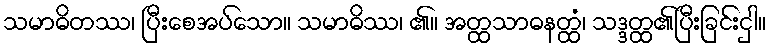
သမာဓိတဿ၊ ပြီးစေအပ်သော။ သမာဓိဿ၊ ၏။ အတ္ထသာဓနတ္ထံ၊ သဒ္ဒတ္ထ၏ပြီးခြင်းငှါ။